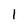
Character: 1